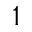
1